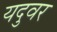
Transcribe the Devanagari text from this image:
यदुवर